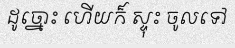
ដូច្នោះ ហើយក៏ ស្ទុះ ចូលទៅ